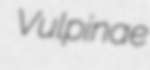
Vulpinae